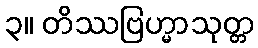
၃။ တိဿဗြဟ္မာသုတ္တ